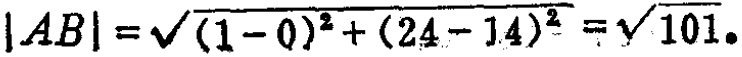
\(|AB| = \sqrt{(1 - 0)^2 + (24 - 14)^2} = \sqrt{101}\)